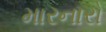
મારનારો